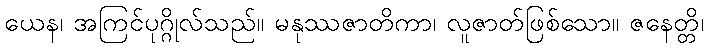
ယေန၊ အကြင်ပုဂ္ဂိုလ်သည်။ မနုဿဇာတိကာ၊ လူဇာတ်ဖြစ်သော။ ဇနေတ္တိ၊